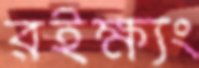
রইক্ষ্যং